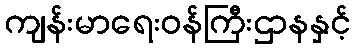
ကျန်းမာရေးဝန်ကြီးဌာနနှင့်